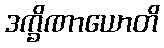
ဒက္ခိဏာယောတိ